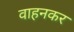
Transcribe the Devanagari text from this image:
वाहनकर